Document type: Sale
Year: 1435
Scribe: Pere Soler
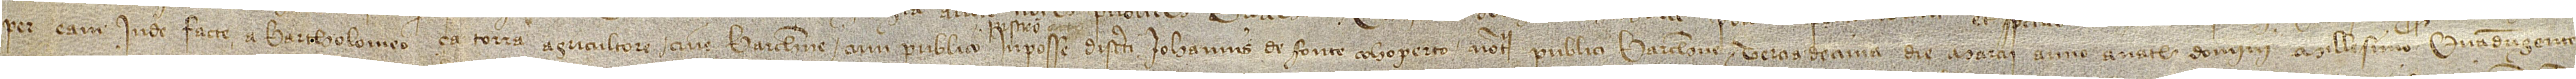
per eam inde facte a Bartholomeo ça Torra, agricultore, cive Barchinone, cum publico instrumento in posse discreti Iohannis de Fonte Cohoperto, notarii publici Barchinone, terciadecima die marcii, anno a Nativitate Domini millesimo quadringentesi-